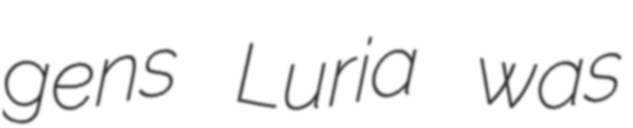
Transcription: gens Luria was